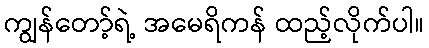
ကျွန်တော့်ရဲ့ အမေရိကန် ထည့်လိုက်ပါ။